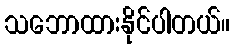
သဘောထားနိုင်ပါတယ်။